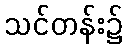
သင်တန်း၌